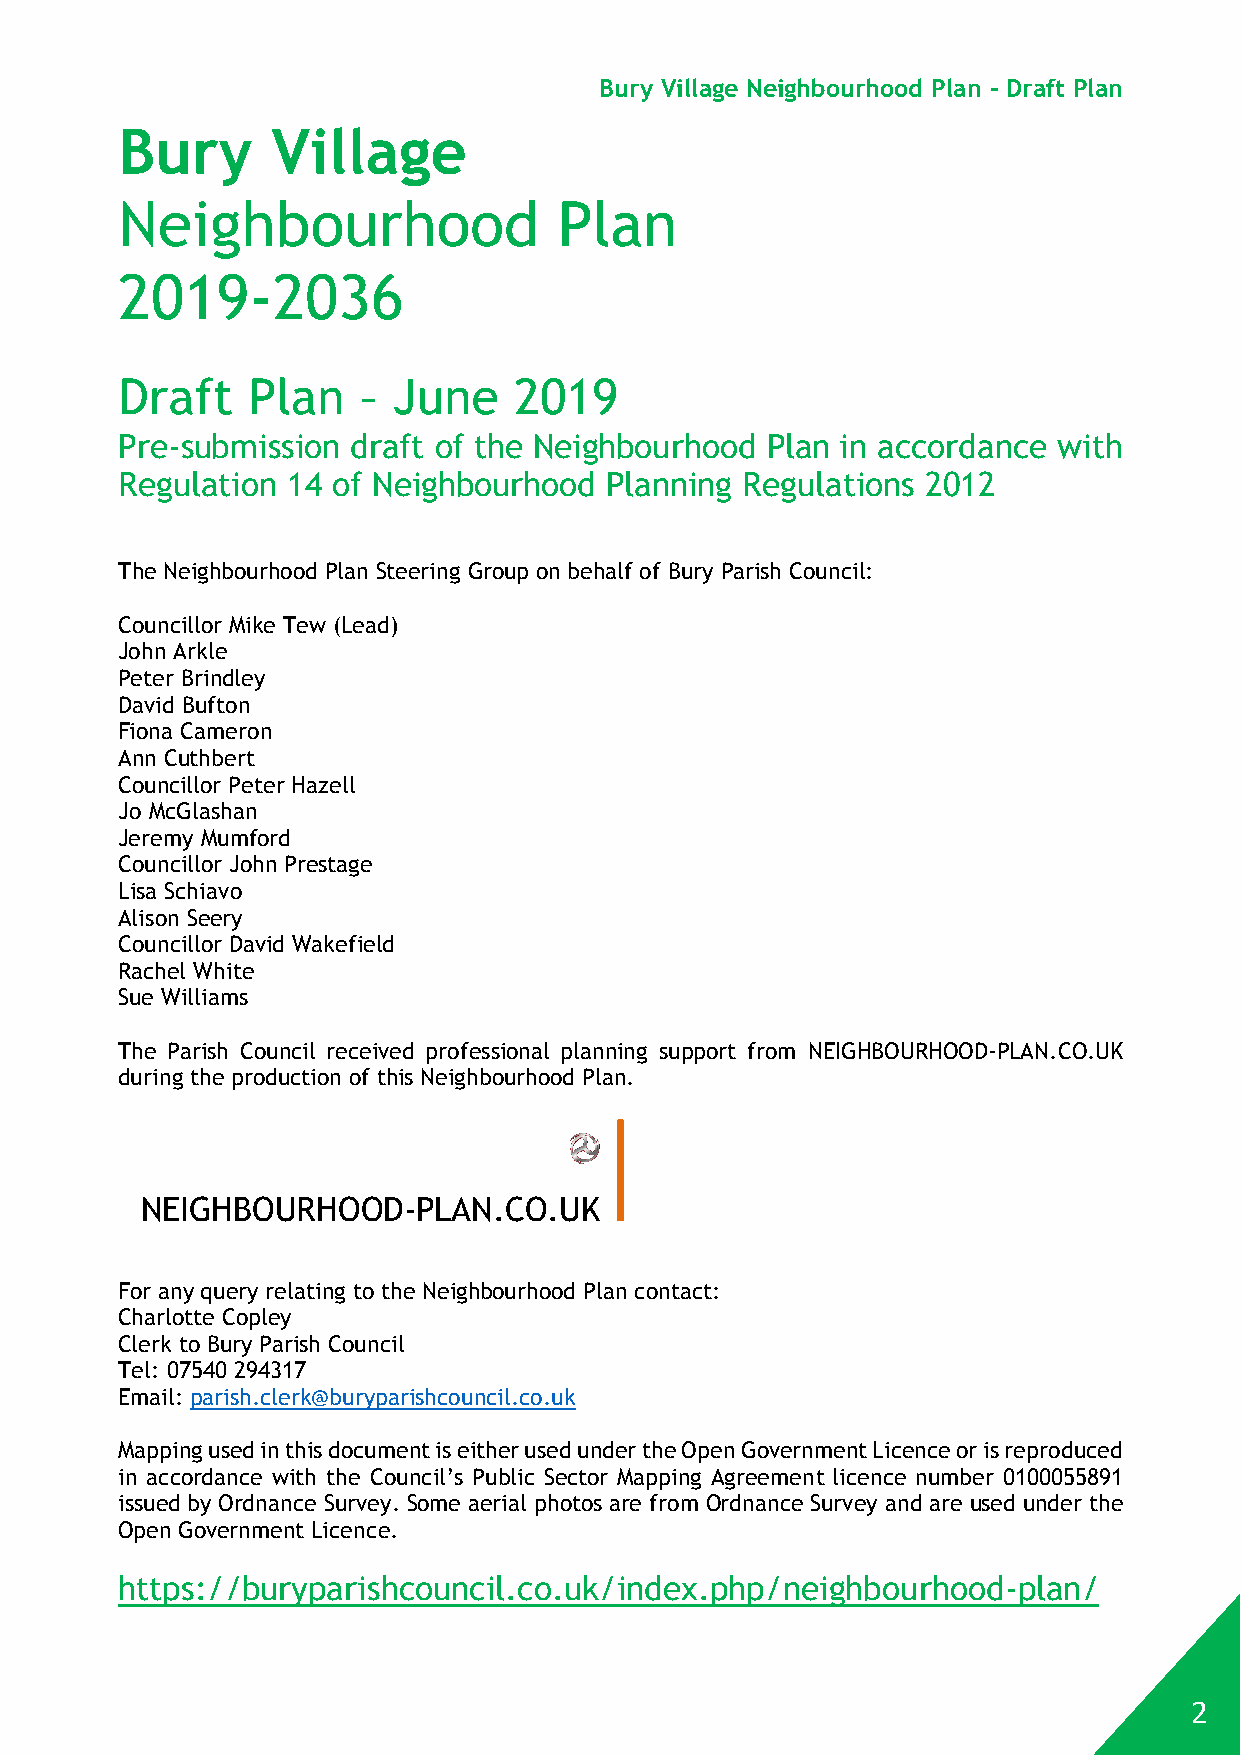
Bury Village Neighbourhood Plan - Draft Plan
 Bury      Village
 Neighbourhood                Plan
 2019-2036
 Draft   Plan    – June    2019
 Pre-submission draft of the Neighbourhood  Plan in accordance with
 Regulation 14 of Neighbourhood  Planning Regulations 2012
 The Neighbourhood Plan Steering Group on behalf of Bury Parish Council:
 Councillor Mike Tew (Lead)
 John Arkle
 Peter Brindley
 David Bufton
 Fiona Cameron
 Ann Cuthbert
 Councillor Peter Hazell
 Jo McGlashan
 Jeremy Mumford
 Councillor John Prestage
 Lisa Schiavo
 Alison Seery
 Councillor David Wakefield
 Rachel White
 Sue Williams
 The Parish Council received professional planning support from NEIGHBOURHOOD-PLAN.CO.UK
 during the production of this Neighbourhood Plan.
 NEIGHBOURHOOD-PLAN.CO.UK
 For any query relating to the Neighbourhood Plan contact:
 Charlotte Copley
 Clerk to Bury Parish Council
 Tel: 07540 294317
 Email: parish.clerk@buryparishcouncil.co.uk
 Mapping used in this document is either used under the Open Government Licence or is reproduced
 in accordance with the Council’s Public Sector Mapping Agreement licence number 0100055891
 issued by Ordnance Survey. Some aerial photos are from Ordnance Survey and are used under the
 Open Government Licence.
 https://buryparishcouncil.co.uk/index.php/neighbourhood-plan/
 2